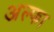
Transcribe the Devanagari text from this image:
अल्‍फा